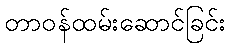
တာဝန်ထမ်းဆောင်ခြင်း